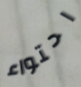
احتواء